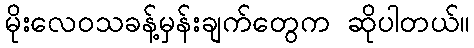
မိုးလေဝသခန့်မှန်းချက်တွေက ဆိုပါတယ်။